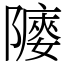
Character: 䧪